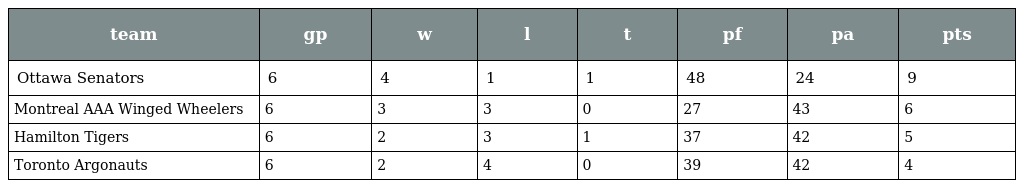
| team | gp | w | l | t | pf | pa | pts |
 | --- | --- | --- | --- | --- | --- | --- | --- |
 | Ottawa Senators | 6 | 4 | 1 | 1 | 48 | 24 | 9 |
 | Montreal AAA Winged Wheelers | 6 | 3 | 3 | 0 | 27 | 43 | 6 |
 | Hamilton Tigers | 6 | 2 | 3 | 1 | 37 | 42 | 5 |
 | Toronto Argonauts | 6 | 2 | 4 | 0 | 39 | 42 | 4 |